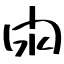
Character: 閖